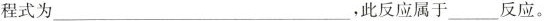
程式为___，此反应属于___反应。